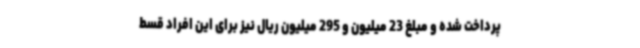
پرداخت شده و مبلغ 23 میلیون و 295 میلیون ریال نیز برای این افراد قسط